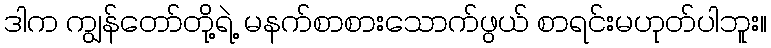
ဒါက ကျွန်တော်တို့ရဲ့ မနက်စာစားသောက်ဖွယ် စာရင်းမဟုတ်ပါဘူး။